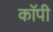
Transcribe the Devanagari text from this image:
काॅपी